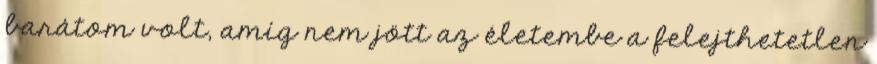
barátom volt, amíg nem jött az életembe a felejthetetlen